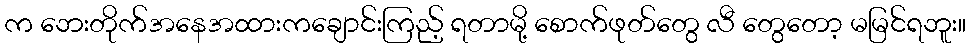
က ဘေးတိုက်အနေအထားကချောင်းကြည့် ရတာမို့ စောက်ဖုတ်တွေ လီ တွေတော့ မမြင်ရဘူး။